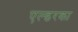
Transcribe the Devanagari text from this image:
एल्डरका